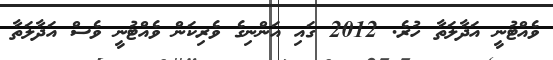
ވެއްޓުނީ އަދާލަތާ ހުރެ. 2012 ގައި އަންނިގެ ވެރިކަން ވެއްޓުނީ ވެސް އަދާލަތާ